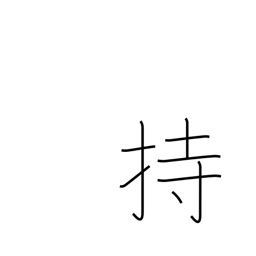
Meaning: have